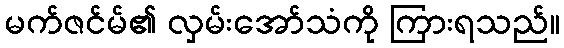
မက်ဇင်မ်၏ လှမ်းအော်သံကို ကြားရသည်။